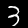
Digit: 3